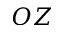
O Z